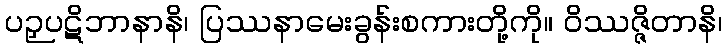
ပဉှပဋိဘာနာနိ၊ ပြဿနာမေးခွန်းစကားတို့ကို။ ဝိဿဇ္ဇိတာနိ၊